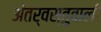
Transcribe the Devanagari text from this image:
अंतर्वस्तुवाली